Civil Veterinary Department Bengal reports 1933-51 - 1933-1951
Year: 1933
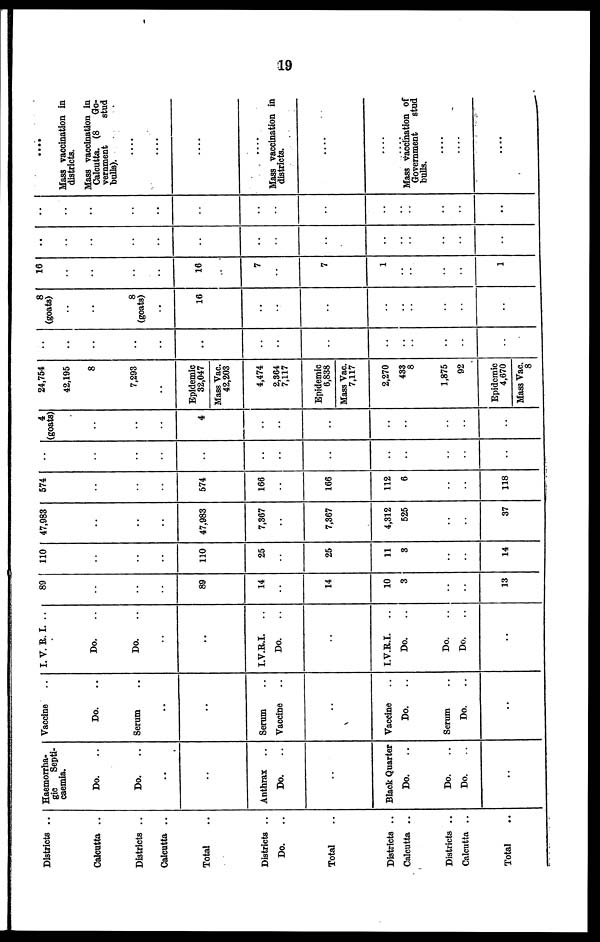
19
Districts ..
Calcutta ..
Districts ..
Calcutta ..
Total ..
Districts ..
Do. ..
Total ..
Districts ..
Calcutta ..
Districts ..
Calcutta ..
Total ..
Haemorrha-
gic Septi-
caemia.
Do. ..
Do. ..
..
..
Anthrax ..
Do. ..
..
Black Quarter
Do. ..
Do. ..
Do. ..
..
Vaccine ..
Do. ..
Serum ..
..
..
Serum ..
Vaccine ..
..
Vaccine
Do. ..
Serum ..
Do. ..
..
I. V. R. I. ..
Do. ..
Do. ..
..
..
I.V.R.I.
..
Do. ..
..
I.V.R.I.
..
Do. ..
Do. ..
Do. ..
..
89
..
..
..
89
14
..
14
10
3
..
..
13
110
..
..
..
110
25
..
25
11
3
..
..
14
47,983
..
..
..
47,983
7,367
..
7,367
4,312
525
..
..
37
574
..
..
..
574
166
..
166
112
6
..
..
118
..
..
..
..
..
..
..
..
..
..
..
..
..
4
(goats)
..
..
..
4
..
..
..
..
..
..
..
..
24,754
42,195
8
7,293
..
Epidemic
32,047
Mass Vac.
42,203
4,474
2,364
7,117
Epidemic
6,838
Mass Vac.
7,117
2,270
433
6
1,875
92
Epidemic
4,670
Mass Vac.
8
..
..
..
..
..
..
..
..
..
..
..
..
..
..
8
(goats)
..
8
(goats)
..
16
..
..
..
..
..
..
..
..
..
16
..
..
16
7
..
7
1
..
..
..
..
1
..
..
..
..
..
..
..
..
..
..
..
..
..
..
..
..
..
..
..
..
..
..
..
..
..
..
..
..
....
Mass vaccination in
districts.
Mass vaccination in
Calcutta. (8
Go-
vernment
stud
bulls).
....
....
....
....
Mass vaccination in
districts.
....
Mass Vaccination of
Government
stud
bulls.
....
....
....